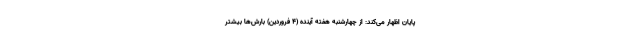
پایان اظهار می‌کند: از چهارشنبه هفته آینده (۴ فروردین) بارش‌ها بیشتر